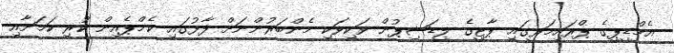
އެމްޑީޕީގެ ޕްރައިމަރީގައި ޕާޓީގެ ލީޑަޝިޕުން ވަކިވަކި މެންބަރުންނަށް ފާޅުގައި ކެމްޕެއިން ކުރި ކަމަށާއި